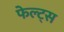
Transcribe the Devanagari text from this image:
फेल्ट्स